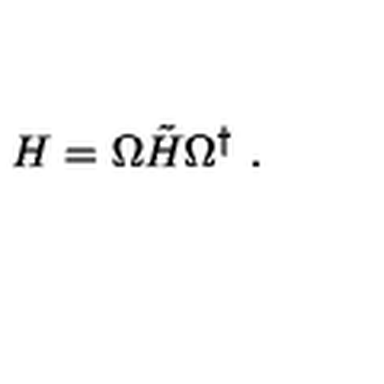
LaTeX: H = \Omega \tilde { H } \Omega ^ { \dag } \ .